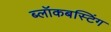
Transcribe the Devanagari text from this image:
ब्लॉकबस्टिंग